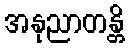
အနုညာတန္တိ